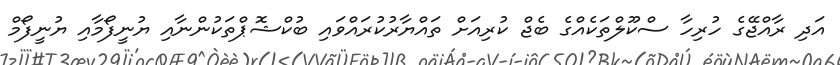
އަދި ރާއްޖޭގެ ހުރިހާ ސްކޫލްތަކެއްގެ ބެޖް ކުރިއަށް ތައްޔާރުކުރައްވައި ބުކްޝޮޕްތަކުންނާއި ޔުނީފޯމާއި ޔުނީފޯމް